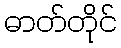
ဓာတ်တိုင်